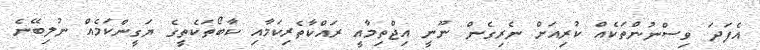
އެފަދަ ވިސްނުންތަކެއް ކުރިއަށް ނެރިގެން ނޫނީ އިޖްތިމާއީ ރައްކާތެރިކަމާއި ކާބޯތަކެތީގެ ޔަގީންކަމެއް ނުލިބޭނެ